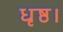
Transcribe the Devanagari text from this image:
धृष्ठ।